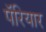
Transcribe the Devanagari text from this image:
पॅरियार